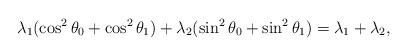
LaTeX: \begin{align*} \lambda_1(\cos^2\theta_0 + \cos^2\theta_1) + \lambda_2(\sin^2\theta_0 + \sin^2\theta_1) = \lambda_1 + \lambda_2,\end{align*}